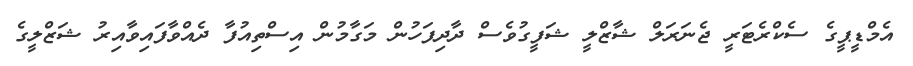
އެމްޑީޕީގެ ސެކްރެޓަރީ ޖެނަރަލް ޝާޒްލީ ޝަފީގުވެސް ދާދިފަހުން މަގާމުން އިސްތިއުފާ ދެއްވާފައިވާއިރު ޝަޒްލީގެ